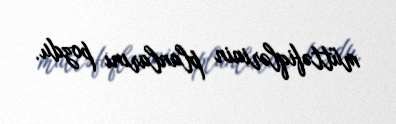
müttəfiqlərinin planlarını pozdu.